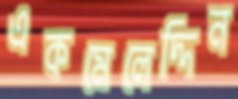
একমেলেদ্দিন